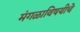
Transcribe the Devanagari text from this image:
मंगळाविषयीचे